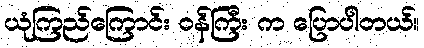
ယုံကြည်ကြောင်း ဝန်ကြီး က ပြောပါတယ်။